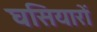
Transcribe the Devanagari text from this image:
घसियारों